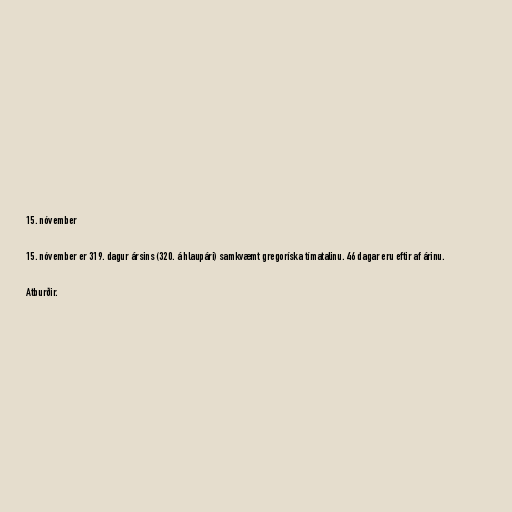
15. nóvember

15. nóvember er 319. dagur ársins (320. á hlaupári) samkvæmt gregoríska tímatalinu. 46 dagar eru eftir af árinu.

Atburðir.